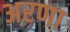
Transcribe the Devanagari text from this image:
अरणा